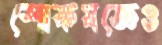
শোকযজ্ঞেও